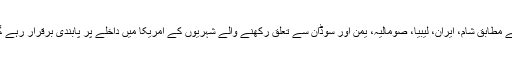
وائٹ ہائو س کا مزید کہنا تھا کہ نئے ایگزیکٹو آرڈر کے مطابق شام، ایران، لیبیا، صومالیہ، یمن اور سوڈان سے تعلق رکھنے والے شہریوں کے امریکا میں داخلے پر پابندی برقرار رہے گی اور انہیں امریکی ویزے جاری نہیں کیے جائیں گے۔